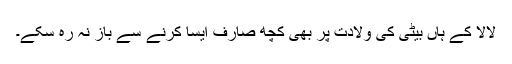
لالا کے ہاں بیٹی کی ولادت پر بھی کچھ صارف ایسا کرنے سے باز نہ رہ سکے۔